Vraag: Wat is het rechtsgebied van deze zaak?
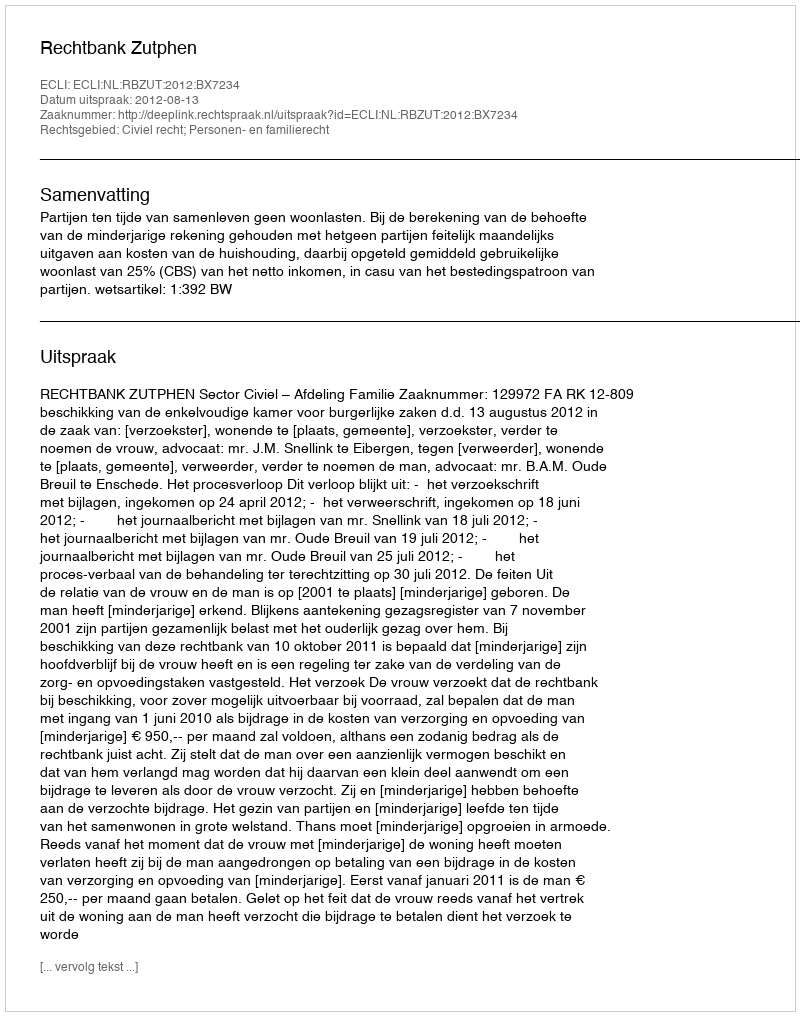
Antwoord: Civiel recht; Personen- en familierecht